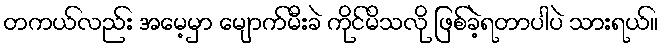
တကယ်လည်း အမေ့မှာ မျောက်မီးခဲ ကိုင်မိသလို ဖြစ်ခဲ့ရတာပါပဲ သားရယ်။